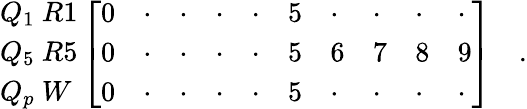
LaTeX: {\begin{array}{l}{{Q_{1}\ R1}}\\ {{Q_{5}\ R5}}\\ {{Q_{p}\ W}}\end{array}}\left[{\begin{array}{llllllllll}{{0}}&{{\cdot}}&{{\cdot}}&{{\cdot}}&{{\cdot}}&{{5}}&{{\cdot}}&{{\cdot}}&{{\cdot}}&{{\cdot}}\\ {{0}}&{{\cdot}}&{{\cdot}}&{{\cdot}}&{{\cdot}}&{{5}}&{{6}}&{{7}}&{{8}}&{{9}}\\ {{0}}&{{\cdot}}&{{\cdot}}&{{\cdot}}&{{\cdot}}&{{5}}&{{\cdot}}&{{\cdot}}&{{\cdot}}&{{\cdot}}\end{array}}\right]\quad.